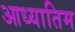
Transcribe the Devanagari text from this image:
आध्यातिम